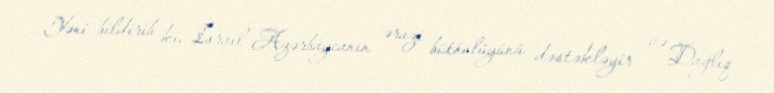
Yəni bildirib ki, İsrail Azərbaycanın ərazi bütövlüyünü dəstəkləyir və Dağlıq